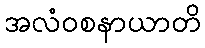
အလံဝစနာယာတိ